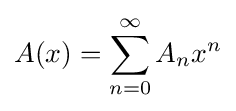
A(x)=\sum _{n=0}^{\infty }A_{n}x^{n}